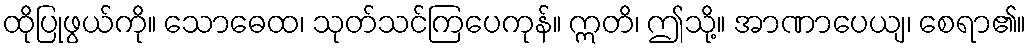
ထိုပြုဖွယ်ကို။ သောဓေထ၊ သုတ်သင်ကြပေကုန်။ ဣတိ၊ ဤသို့။ အာဏာပေယျ၊ စေရာ၏။